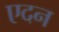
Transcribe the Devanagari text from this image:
एदन